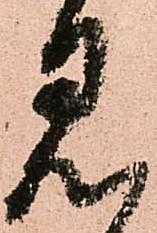
見